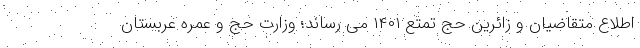
اطلاع متقاضیان و زائرین حج تمتع ۱۴۰۱ می رساند؛ وزارت حج و عمره عربستان